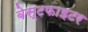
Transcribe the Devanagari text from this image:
बेस्टफाइटर